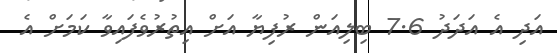
އަދި އެ އަދަދު 7.6 ބިލިއަން ރުފިޔާ އަށް އިތުރުވެފައިވާ ކަމަށް އެ